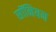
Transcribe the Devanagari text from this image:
सॉनियन